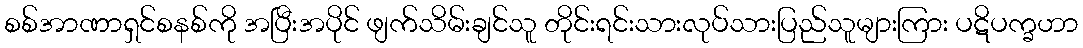
စစ်အာဏာရှင်စနစ်ကို အပြီးအပိုင် ဖျက်သိမ်းချင်သူ တိုင်းရင်းသားလုပ်သားပြည်သူများကြား ပဋိပက္ခဟာ